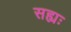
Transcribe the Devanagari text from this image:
सह्यः